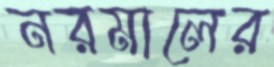
নরমালের